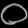
Digit: ၀